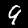
Digit: 9